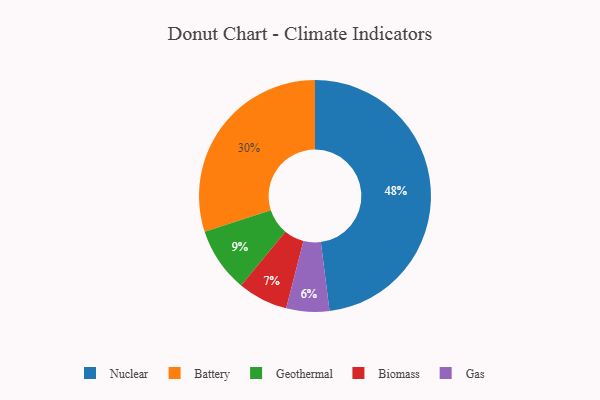
{"axis": {"x": "Category", "y": "Percentage"}, "legend": ["Battery", "Biomass", "Gas", "Geothermal", "Nuclear"], "data": [{"x": "Nuclear", "y": 48, "type": "Nuclear"}, {"x": "Biomass", "y": 7, "type": "Biomass"}, {"x": "Gas", "y": 6, "type": "Gas"}, {"x": "Battery", "y": 30, "type": "Battery"}, {"x": "Geothermal", "y": 9, "type": "Geothermal"}]}